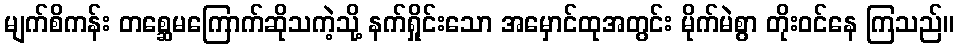
မျက်စိကန်း တစ္ဆေမကြောက်ဆိုသကဲ့သို့ နက်ရှိုင်းသော အမှောင်ထုအတွင်း မိုက်မဲစွာ တိုးဝင်နေ ကြသည်။